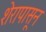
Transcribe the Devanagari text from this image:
शेरापासून